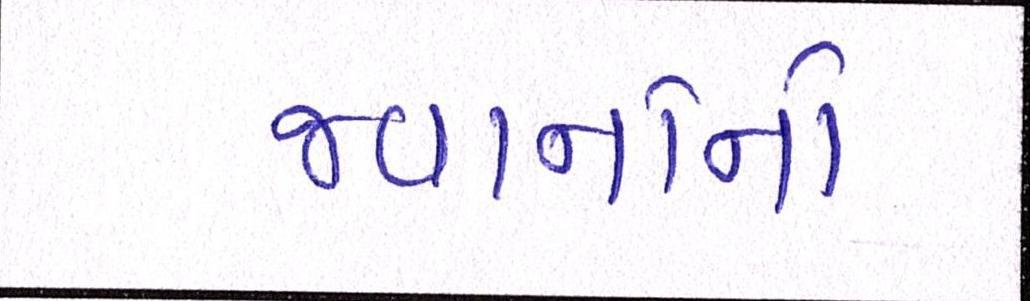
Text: જવાનોનો